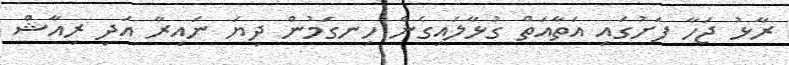
ރާޅު ޖަހާ ފަށުގައި އަތާއަތް ގުޅާލައިގެން ހިނގަމުން ދިޔަ ނައިރާ އަދި ރިއާޝް